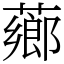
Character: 薌